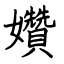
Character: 㜺